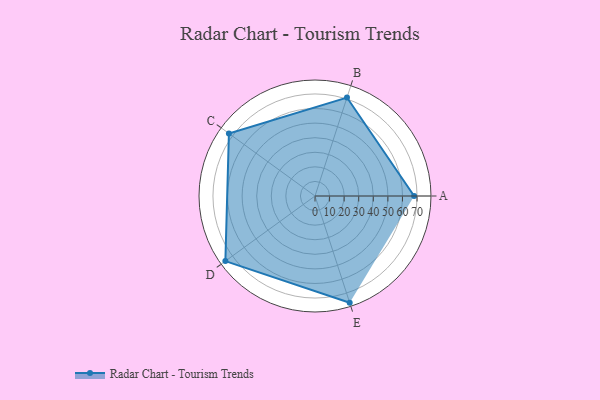
{"axis": {"x": "Skill", "y": "Score"}, "legend": ["Profile"], "data": [{"x": "A", "y": 68.0, "type": "Profile"}, {"x": "B", "y": 71.0, "type": "Profile"}, {"x": "C", "y": 73.0, "type": "Profile"}, {"x": "D", "y": 76.0, "type": "Profile"}, {"x": "E", "y": 77.0, "type": "Profile"}]}